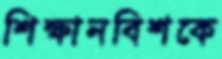
শিক্ষানবিশকে